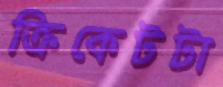
ক্রিকেটটা